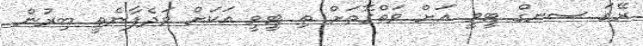
ރޭގަ ސނގް ޓީވީ އަށް ވަތްގޮތަށް ތި ޓީވީ އަކަށް ވަދެފާނެތީ ބިރުން